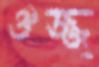
ঔজ্জ্